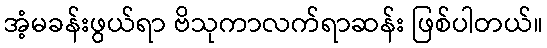
အံ့မခန်းဖွယ်ရာ ဗိသုကာလက်ရာဆန်း ဖြစ်ပါတယ်။